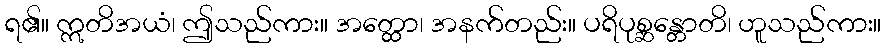
ရ၏။ ဣတိအယံ၊ ဤသည်ကား။ အတ္ထော၊ အနက်တည်း။ ပရိပုစ္ဆန္တောတိ၊ ဟူသည်ကား။